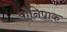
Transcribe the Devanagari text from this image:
योनिपाक